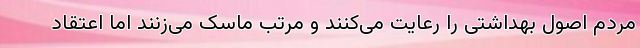
مردم اصول بهداشتی را رعایت می‌کنند و مرتب ماسک می‌زنند اما اعتقاد